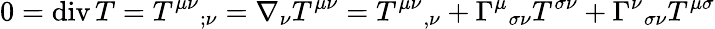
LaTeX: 0=\operatorname{div}T=T^{\mu\nu}{}_{;\nu}=\nabla_{\nu}T^{\mu\nu}=T^{\mu\nu}{}_{,\nu}+\Gamma^{\mu}{}_{\sigma\nu}T^{\sigma\nu}+\Gamma^{\nu}{}_{\sigma\nu}T^{\mu\sigma}